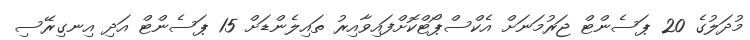
މުދަލުގެ 20 ޕަސެންޓް ޖަރުމަނަށް އެކްސްޕޯޓްކޮށްފައިވާއިރު ތައިލެންޑަށް 15 ޕަސެންޓް އަދި އިނގިރޭސި